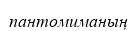
пантомиманың